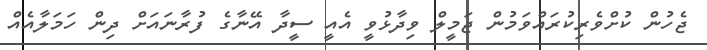
ޖެހުން ކުށްވެރިކުރައްވަމުން ޖަމީލް ވިދާޅުވީ އެއީ ސީދާ އޭނާގެ ފުރާނައަށް ދިން ހަމަލާއެއް